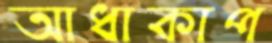
আধাকাপ